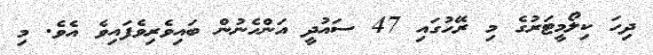
ދިހަ ކިލޯމީޓަރުގެ މި ރޭހުގައި 47 ސައުދީ އަންހެނުން ބައިވެރިވެފައިވެ އެވެ. މި